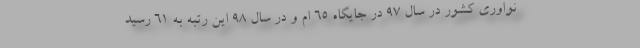
نواوری کشور در سال ۹۷ در جایگاه ۶۵ ام و در سال ۹۸ این رتبه به ۶۱ رسید